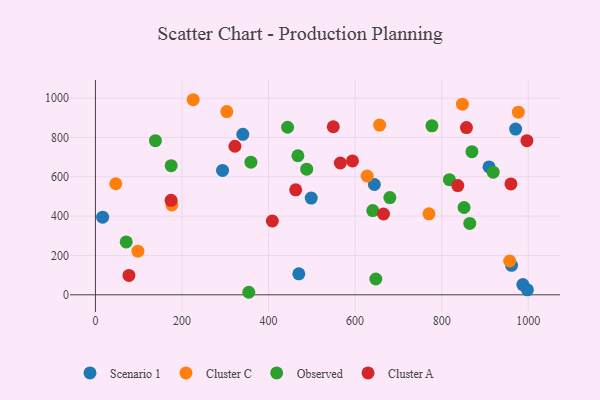
{"axis": {"x": "Engine Size", "y": "Rating"}, "legend": ["Cluster A", "Cluster C", "Observed", "Scenario 1"], "data": [{"x": "16.6", "y": 394.6, "type": "Scenario 1"}, {"x": "987.6", "y": 51.9, "type": "Scenario 1"}, {"x": "909.4", "y": 650.2, "type": "Scenario 1"}, {"x": "998.0", "y": 25.4, "type": "Scenario 1"}, {"x": "293.7", "y": 632.4, "type": "Scenario 1"}, {"x": "644.5", "y": 560.6, "type": "Scenario 1"}, {"x": "469.9", "y": 106.5, "type": "Scenario 1"}, {"x": "961.4", "y": 149.9, "type": "Scenario 1"}, {"x": "970.9", "y": 842.6, "type": "Scenario 1"}, {"x": "498.6", "y": 491.9, "type": "Scenario 1"}, {"x": "340.5", "y": 815.5, "type": "Scenario 1"}, {"x": "656.6", "y": 862.5, "type": "Cluster C"}, {"x": "225.8", "y": 991.6, "type": "Cluster C"}, {"x": "303.5", "y": 931.4, "type": "Cluster C"}, {"x": "770.6", "y": 411.8, "type": "Cluster C"}, {"x": "98.1", "y": 221.9, "type": "Cluster C"}, {"x": "176.6", "y": 456.7, "type": "Cluster C"}, {"x": "46.9", "y": 564.6, "type": "Cluster C"}, {"x": "627.7", "y": 603.9, "type": "Cluster C"}, {"x": "957.1", "y": 171.9, "type": "Cluster C"}, {"x": "977.2", "y": 928.3, "type": "Cluster C"}, {"x": "847.9", "y": 969.2, "type": "Cluster C"}, {"x": "851.7", "y": 443.7, "type": "Observed"}, {"x": "680.3", "y": 494.2, "type": "Observed"}, {"x": "864.9", "y": 363.1, "type": "Observed"}, {"x": "488.1", "y": 638.8, "type": "Observed"}, {"x": "175.0", "y": 656.5, "type": "Observed"}, {"x": "919.0", "y": 623.5, "type": "Observed"}, {"x": "443.9", "y": 851.8, "type": "Observed"}, {"x": "869.9", "y": 727.6, "type": "Observed"}, {"x": "354.3", "y": 12.9, "type": "Observed"}, {"x": "359.2", "y": 674.2, "type": "Observed"}, {"x": "647.8", "y": 80.5, "type": "Observed"}, {"x": "777.5", "y": 859.1, "type": "Observed"}, {"x": "640.7", "y": 428.1, "type": "Observed"}, {"x": "71.1", "y": 268.8, "type": "Observed"}, {"x": "817.8", "y": 585.1, "type": "Observed"}, {"x": "138.6", "y": 783.7, "type": "Observed"}, {"x": "467.8", "y": 706.9, "type": "Observed"}, {"x": "837.3", "y": 555.3, "type": "Cluster A"}, {"x": "549.5", "y": 854.3, "type": "Cluster A"}, {"x": "960.0", "y": 563.6, "type": "Cluster A"}, {"x": "322.3", "y": 755.1, "type": "Cluster A"}, {"x": "665.6", "y": 410.7, "type": "Cluster A"}, {"x": "174.8", "y": 480.2, "type": "Cluster A"}, {"x": "857.2", "y": 850.1, "type": "Cluster A"}, {"x": "462.7", "y": 533.8, "type": "Cluster A"}, {"x": "77.4", "y": 98.7, "type": "Cluster A"}, {"x": "593.9", "y": 680.3, "type": "Cluster A"}, {"x": "565.8", "y": 669.9, "type": "Cluster A"}, {"x": "996.9", "y": 783.4, "type": "Cluster A"}, {"x": "408.7", "y": 375.2, "type": "Cluster A"}]}